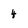
Character: 4